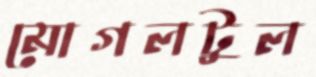
মোগলটুল